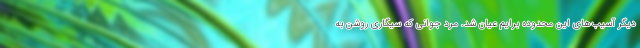
دیگر آسیب‌های این محدوده برایم عیان شد. مرد جوانی که سیگاری روشن به